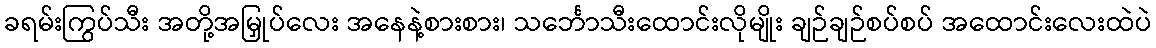
ခရမ်းကြွပ်သီး အတို့အမြှုပ်လေး အနေနဲ့စားစား၊ သင်္ဘောသီးထောင်းလိုမျိုး ချဉ်ချဉ်စပ်စပ် အထောင်းလေးထဲပဲ